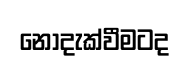
නොදැක්වීමටද